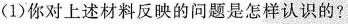
(1)你对上述材料反映的问题是怎样认识的?